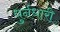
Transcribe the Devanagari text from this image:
धुर्नधारी